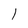
Character: l